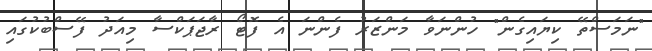
"ނަމަސްތޭ ކިޔައިގެން" ހުންނަވާ މަންޒަރު ފެންނަ އެ ފޮޓޯ ރާޖަޕަކްސާ މިއަދު ފޭސްބުކުގައި